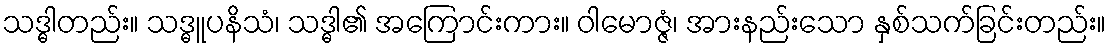
သဒ္ဓါတည်း။ သဒ္ဓူပနိသံ၊ သဒ္ဓါ၏ အကြောင်းကား။ ဝါမောဇ္ဇံ၊ အားနည်းသော နှစ်သက်ခြင်းတည်း။